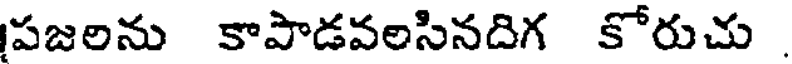
పజలను కాపాడవలసినదిగ కోరుచు